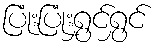
ပြုံးပြုံးရွှင်ရွှင်